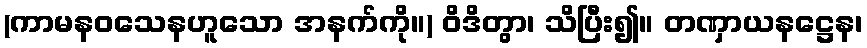
(ကာမနဝသေနဟူသော အနက်ကို။) ဝိဒိတွာ၊ သိပြီး၍။ တဏှာယနဋ္ဌေန၊